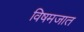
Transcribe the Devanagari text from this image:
विषमजात